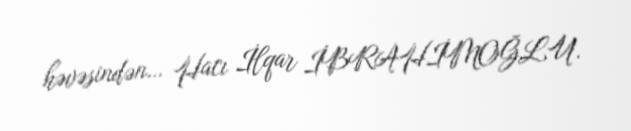
həvəsindən… Hacı İlqar İBRAHİMOĞLU.